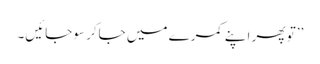
’’تو پھر اپنے کمرے میں جاکر سوجائیں۔